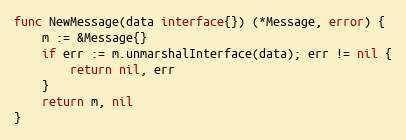
Language: Go
func NewMessage(data interface{}) (*Message, error) {
	m := &Message{}
	if err := m.unmarshalInterface(data); err != nil {
		return nil, err
	}
	return m, nil
}